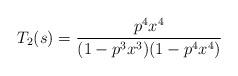
LaTeX: \begin{align*}T_2(s) = \frac{p^4x^4}{(1-p^3x^3)(1-p^4x^4)}\end{align*}